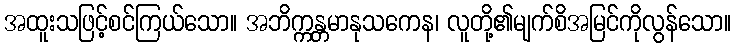
အထူးသဖြင့်စင်ကြယ်သော။ အဘိက္ကန္တမာနုသကေန၊ လူတို့၏မျက်စိအမြင်ကိုလွန်သော။